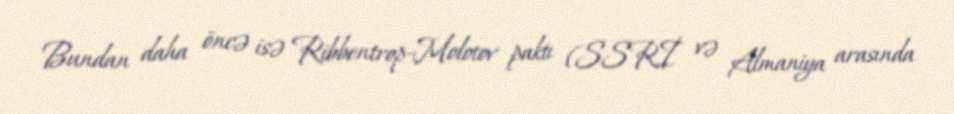
Bundan daha öncə isə Ribbentrop-Molotov paktı (SSRİ və Almaniya arasında